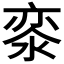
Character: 𣷖